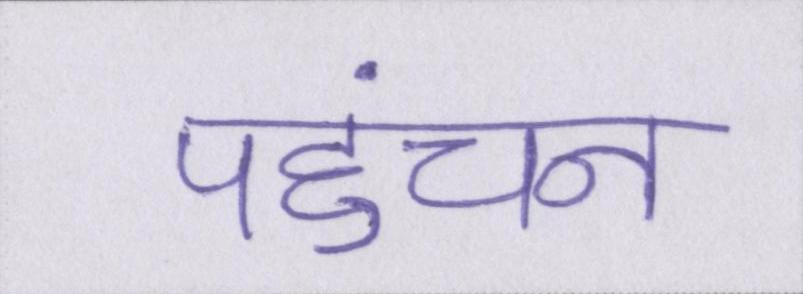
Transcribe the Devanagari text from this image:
पहुंचना